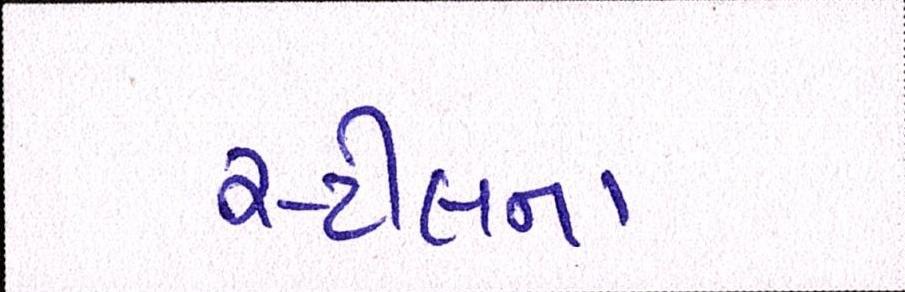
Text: સ્ટીલના